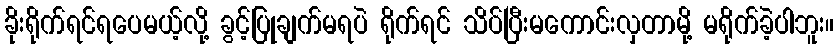
ခိုးရိုက်ရင်ရပေမယ့်လို့ ခွင့်ပြုချက်မရပဲ ရိုက်ရင် သိပ်ပြီးမကောင်းလှတာမို့ မရိုက်ခဲ့ပါဘူး။